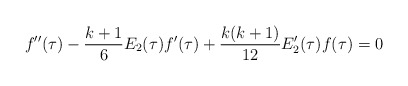
\begin{align*}f''(\tau)-\frac{k+1}6 E_2(\tau)f'(\tau)+\frac {k(k+1)}{12}E'_2(\tau)f(\tau)=0\end{align*}